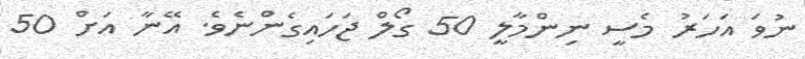
ނުވަ އަހަރު މެސީ ނިންމާލީ 50 ގޯލް ޖަހައިގެންނެވެ. އޭނާ އަށް 50